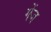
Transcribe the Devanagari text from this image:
गेंज